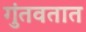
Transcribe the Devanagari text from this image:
गुंतवतात